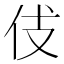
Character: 𠇞